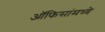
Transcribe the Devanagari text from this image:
ऑफिसांमध्ये